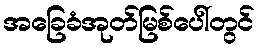
အခြေခံအုတ်မြစ်ပေါ်တွင်